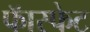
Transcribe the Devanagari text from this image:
फॅास्फेट